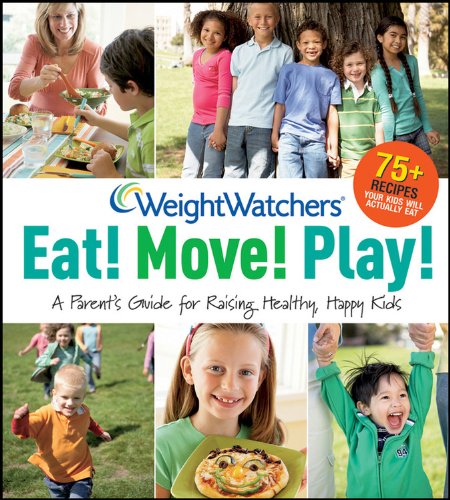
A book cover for Weight Watchers Eat! Move! Play!: A Parent's Guidefor Raising Healthy, Happy Kids (Weight Watchers Lifestyle); Weight Watchers; Health, Fitness & Dieting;